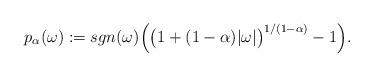
LaTeX: \begin{align*}p_\alpha(\omega) := sgn(\omega)\Big(\big(1+(1-\alpha)|\omega|\big)^{1/(1-\alpha)}-1\Big).\end{align*}